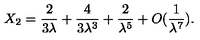
X _ { 2 } = { \frac { 2 } { 3 \lambda } } + { \frac { 4 } { 3 \lambda ^ { 3 } } } + { \frac { 2 } { \lambda ^ { 5 } } } + O ( { \frac { 1 } { \lambda ^ { 7 } } } ) .